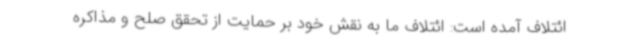
ائتلاف آمده است: ائتلاف ما به نقش خود بر حمایت از تحقق صلح و مذاکره